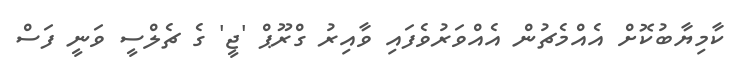
ކާމިޔާބުކޮށް އެއްމެޗުން އެއްވަރުވެފައި ވާއިރު ގްރޫޕް 'ޖީ' ގެ ޗެލްސީ ވަނީ ފަސް